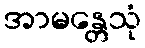
အာမန္တေသုံ